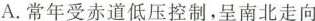
A.常年受赤道低压控制，呈南北走向